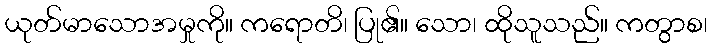
ယုတ်မာသောအမှုကို။ ကရောတိ၊ ပြု၏။ သော၊ ထိုသူသည်။ ကတွာစ၊